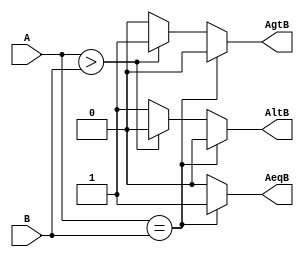
module mgc(input [3:0] A,input [3:0] B,output reg AeqB,AgtB,AltB);
always @(A or B)
begin
	AeqB = 0;
	AgtB = 0;
	AltB = 0;
	if(A == B)
		AeqB = 1;
	else if(A > B)
		AgtB = 1;
	else
		AltB = 1;
end
endmodule